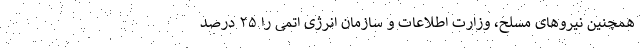
همچنین نیرو‌های مسلح، وزارت اطلاعات و سازمان انرژی اتمی را ۲۵ درصد